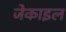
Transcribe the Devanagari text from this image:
जेकाइल